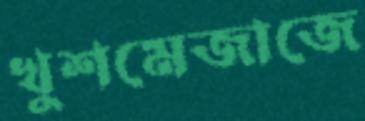
খুশমেজাজে